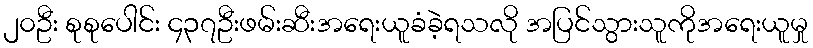
၂၀ဦး စုစုပေါင်း ၄၃၇ဦးဖမ်းဆီးအရေးယူခံခဲ့ရသလို အပြင်သွားသူကိုအရေးယူမှု